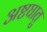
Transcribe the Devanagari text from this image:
अष्टघातु